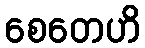
စေတေဟိ